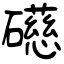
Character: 礠